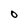
Character: O